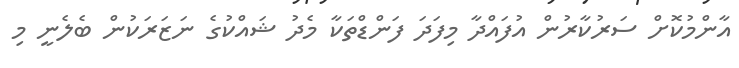
އާންމުކޮށް ސަރުކާރުން އުފައްދާ މިފަދަ ފަންޑްތަކާ މެދު ޝައްކުގެ ނަޒަރަކުން ބެލެނީ މި